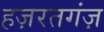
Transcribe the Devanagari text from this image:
हज़रतगंज़